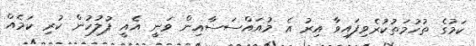
ކަމުގެ ތުހުމަތުކުރެވިފައިވާ އިރު އެ މުއައްސަސާއިން ވަނީ އެއީ ފުލުހުން ކުރި ކަމެއް